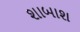
શાબાશ